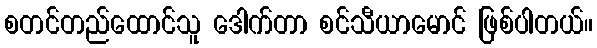
စတင်တည်ထောင်သူ ဒေါက်တာ စင်သီယာမောင် ဖြစ်ပါတယ်။